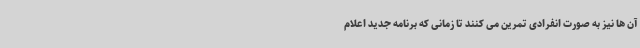
آن ها نیز به صورت انفرادی تمرین می کنند تا زمانی که برنامه جدید اعلام